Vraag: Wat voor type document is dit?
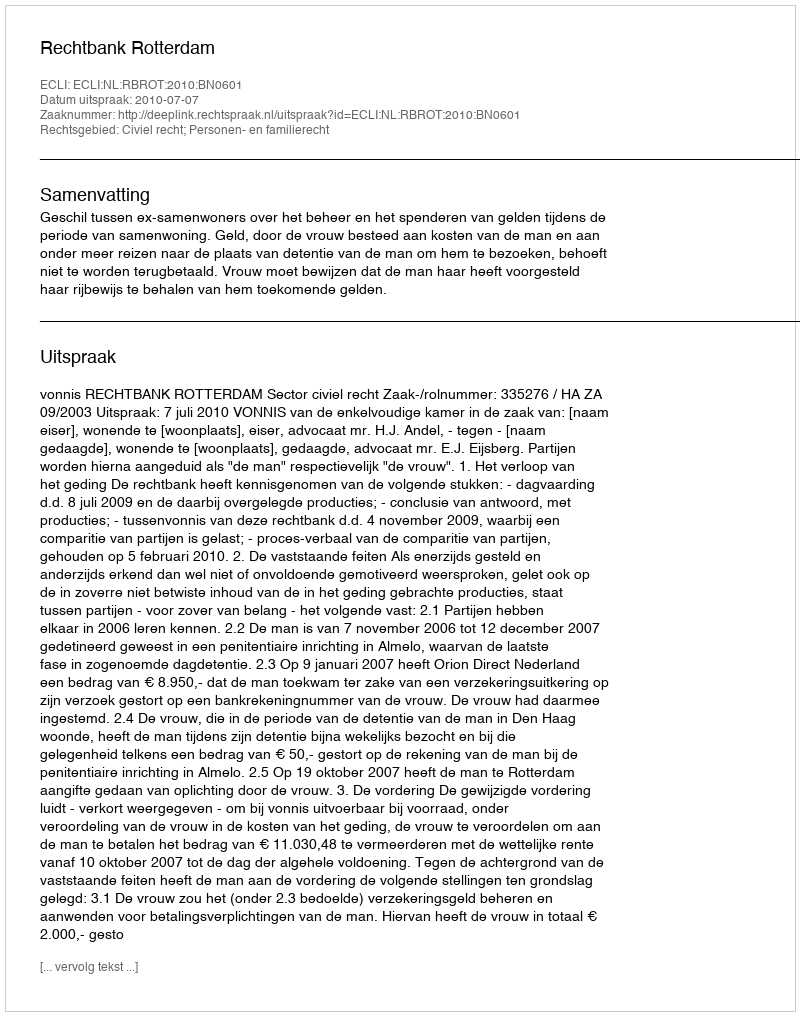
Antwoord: Uitspraak